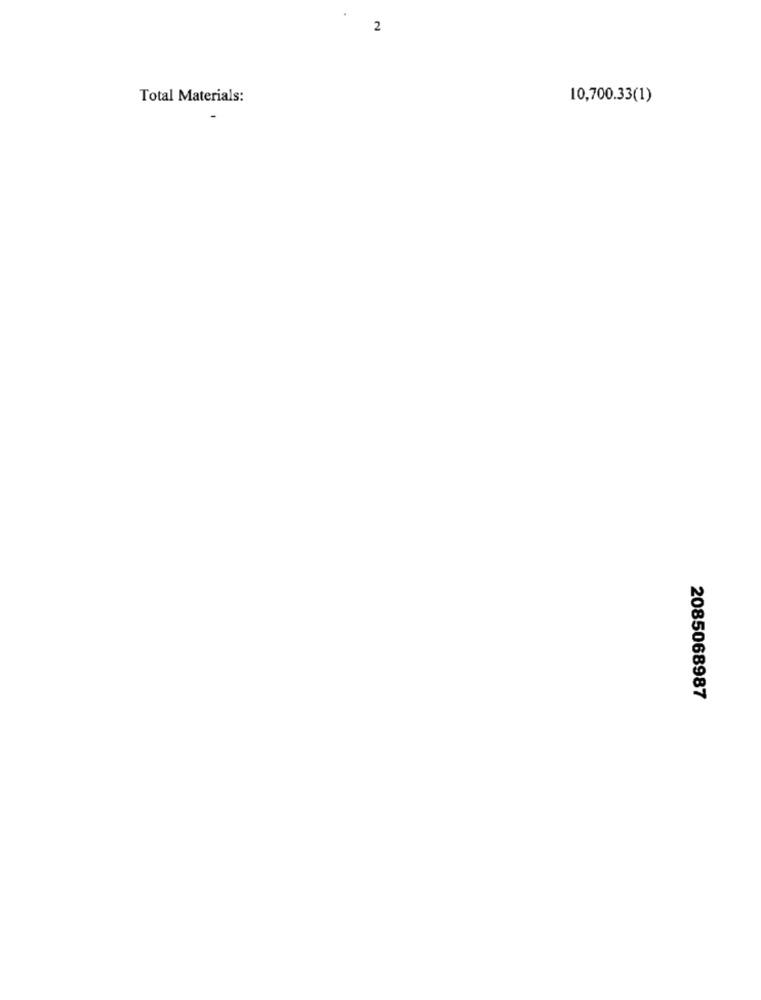
2
Total Materials:
10,700.33(1)
2085068987